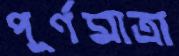
পূর্ণমাত্রা